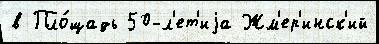
в Пло́щадь 50-л'ет'иjа Жм'ер'инск'ий